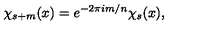
\chi _ { s + m } ( x ) = e ^ { - 2 \pi i m / n } \chi _ { s } ( x ) ,